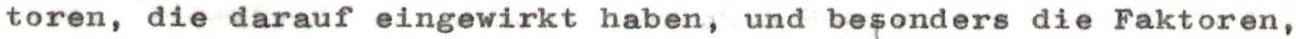
toren, die darauf eingewirkt haben, und besonders die Faktoren,